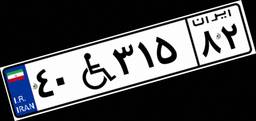
۳۰W۹۷۹۷۲